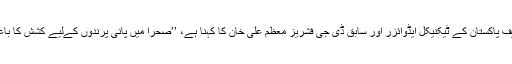
ڈبلیو ڈبلیو ایف پاکستان کے ٹیکنیکل ایڈوائزر اور سابق ڈی جی فشریز معظم علی خان کا کہنا ہے، ’’صحرا میں پانی پرندوں کےلیے کشش کا باعث ہوتا ہے۔